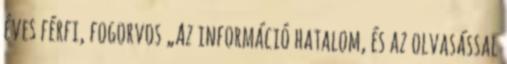
éves férfi, fogorvos „Az információ hatalom, és az olvasással